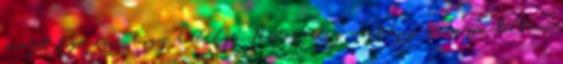
majd fogadni, hogy túlélje. Azt pedig végképp nem gondoltam